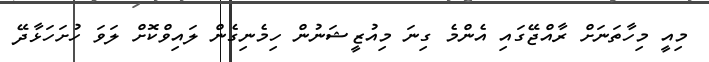
މިއީ މިހާތަނަށް ރާއްޖޭގައި އެންމެ ގިނަ މިއުޒީޝަނުން ހިމެނިގެން ލައިވްކޮށް ލަވަ ހުށަހަޅާދޭ